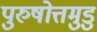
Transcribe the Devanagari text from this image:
पुरुषोत्तमुडु